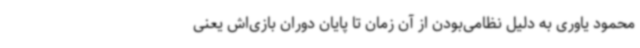
محمود یاوری به دلیل نظامی‌بودن از آن زمان تا پایان دوران بازی‌اش یعنی